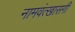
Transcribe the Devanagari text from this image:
नामवंत्खासगी